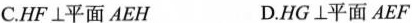
C.HF\perp 平面AEH D.HG\perp 平面AEF